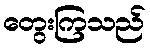
တွေးကြသည်